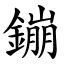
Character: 鏰